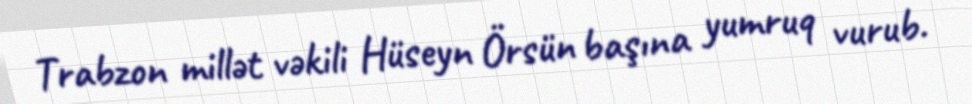
Trabzon millət vəkili Hüseyn Örsün başına yumruq vurub.